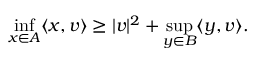
\operatorname* { i n f } _ { x \in A } \langle x , v \rangle \geq | v | ^ { 2 } + \operatorname* { s u p } _ { y \in B } \langle y , v \rangle .